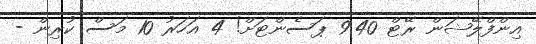
އިންފްލޭޝަން ރޭޓް 9.40 ޕަސެންޓަށް! 4 އަހަރު 10 މަސް ކުރިން -